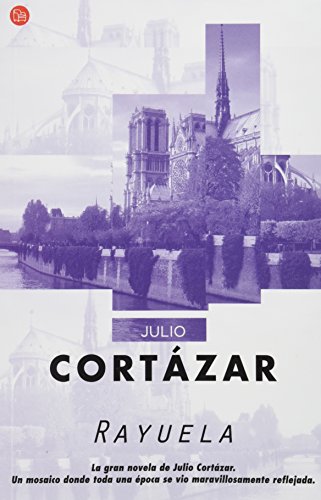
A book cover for Rayuela (Spanish Edition); Julio CortÃ¡zar; Literature & Fiction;